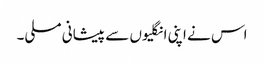
اس نے اپنی انگلیوں سے پیشانی مسلی۔